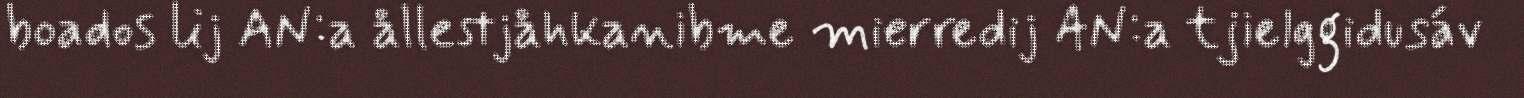
boados lij AN:a ållestjåhkanibme mierredij AN:a tjielggidusáv